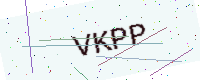
Text: VKPP